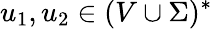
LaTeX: u_{1},u_{2}\in(V\cup\Sigma)^{*}